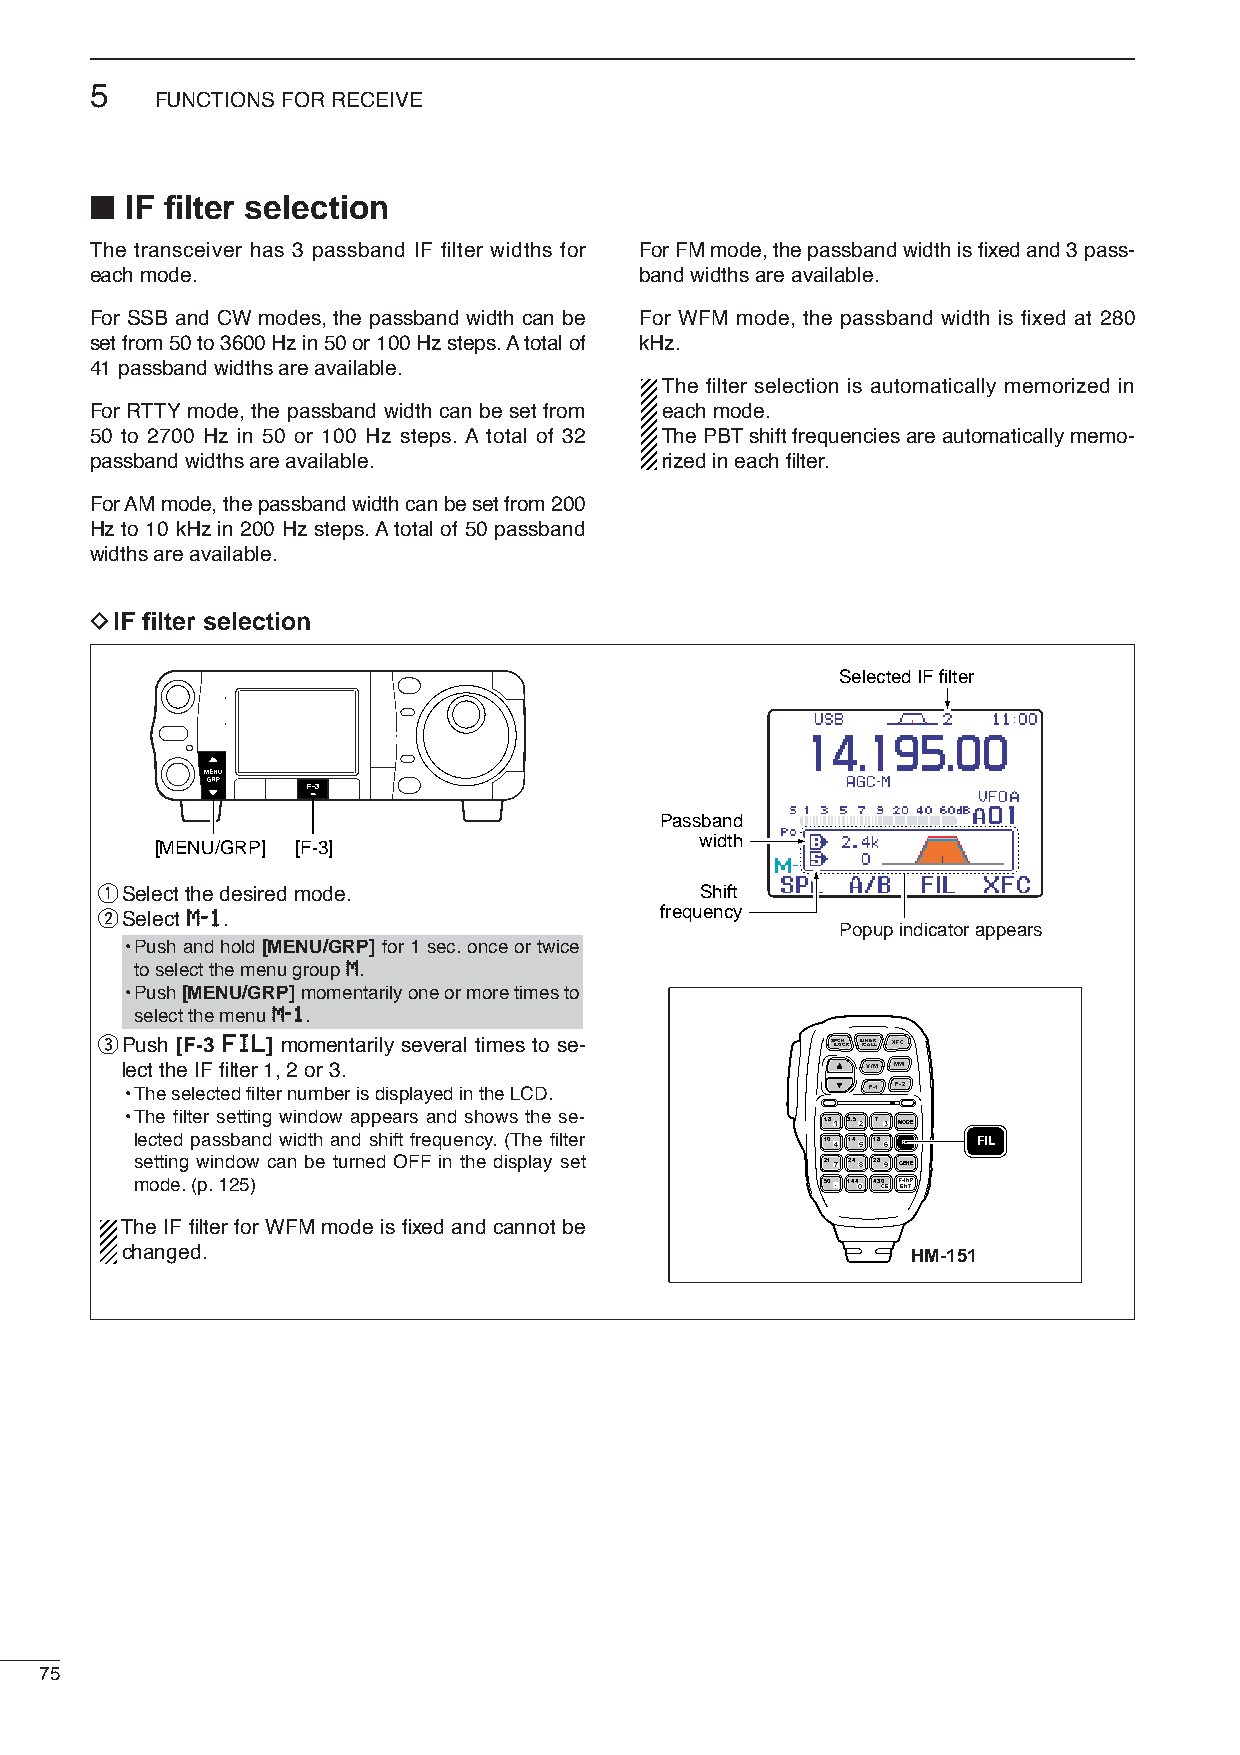
5
 FUNCTIONS FOR RECEIVE
 ■
 IF filter selection
 The transceiver has 3 passband IF filter widths for For FM mode, the passband width is fixed and 3 pass-
 each mode.                          band widths are available.
 For SSB and CW modes, the passband width can be For WFM mode, the passband width is fixed at 280
 set from 50 to 3600 Hz in 50 or 100 Hz steps. Atotal of kHz.
 41 passband widths are available.
 The filter selection is automatically memorized in
 For RTTYmode, the passband width can be set from each mode.
 50 to 2700 Hz in 50 or 100 Hz steps. A total of 32 The PBTshift frequencies are automatically memo-
 passband widths are available.        rized in each filter.
 For AM mode, the passband width can be set from 200
 Hz to 10 kHz in 200 Hz steps. Atotal of 50 passband
 widths are available.
 DIF filter selection
 Selected IF filter
 Passband
 width
 [MENU/GRP] [F-3]
 qSelect the desired mode.              Shift
 wSelect MM--11.                      frequency
 Popup indicator appears
 •Push and hold [MENU/GRP] for 1 sec. once or twice
 to select the menu group MM.
 •Push [MENU/GRP]momentarily one or more times to
 select the menu MM--11.
 ePush [F-3 FFIILL] momentarily several times to se- S /PLCOHCK T /UCNAELRL XFC
 lect the IF filter 1, 2 or 3.                    V/M MW
 •The selected filter number is displayed in the LCD. F-1 F-2
 •The filter setting window appears and shows the se-
 1.81 3.52 73 MODE
 lected passband width and shift frequency. (The filter 104 145 186 FIL FIL
 setting window can be turned OFF in the display set 217 248 289 GENE
 mode. (p. 125)                                50. 1440 430CE FE-INNTP
 The IF filter for WFM mode is fixed and cannot be
 changed.                                            HM-151
 75